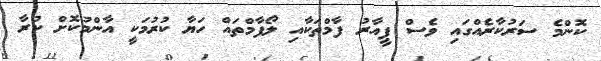
ކޮންމެ ސަރުކާރެއްގައި ވެސް ޕީއާރު ފާމްތަކާއި ލޯފާމްތައް ހަޔާ ކުރުމަކީ އާންމުކޮށް ކުރާ